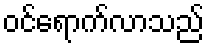
ဝင်ရောက်လာသည်